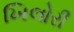
ખિલોરી